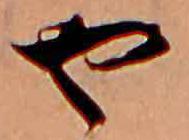
や